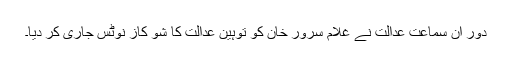
دور ان سماعت عدالت نے غلام سرور خان کو توہین عدالت کا شو کاز نوٹس جاری کر دیا۔